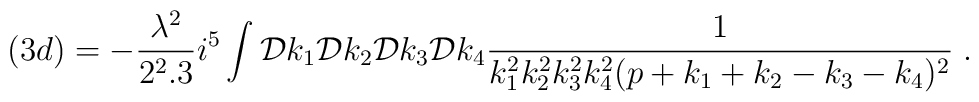
(3d)= -\frac{\lambda^2}{2^2.3} i^5 \int {\cal D} k_1 {\cal D} k_2{\cal D} k_3 {\cal D} k_4 \frac{1}{k_1^2 k_2^2 k_3^2 k_4^2 (p+k_1 +k_2  -k_3 -k_4)^2}\; .